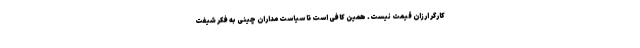
کارگر ارزان قیمت نیست. همین کافی است تا سیاست‌مداران چینی به فکر شیفتِ